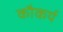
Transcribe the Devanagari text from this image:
कौकर्य